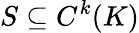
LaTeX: S\subseteq C^{k}(K)